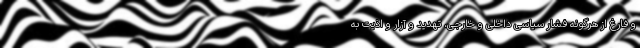
و فارغ از هرگونه فشار سیاسی داخلی و خارجی، تهدید و آزار و اذیت به